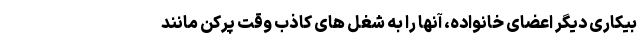
بیکاری دیگر اعضای خانواده، آنها را به شغل های کاذب وقت پُرکن مانند